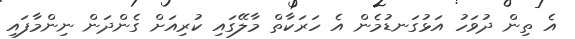
އެ ތިން ދުވަހު އަޅުގަނޑުމެން އެ ހަރަކާތް މާލޭގައި ކުރިއަށް ގެންދަން ނިންމާފައި